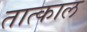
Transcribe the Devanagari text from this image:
तात्काल